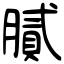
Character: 膩